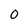
Character: 0